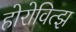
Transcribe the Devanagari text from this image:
होरोवित्झ